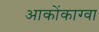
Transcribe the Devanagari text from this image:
आकोंकाग्वा